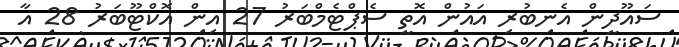
ސައޫދީން އެނބުރި އައުން އޮތީ ސެޕްޓެމްބަރު 27 އިން އޮކްޓޫބަރު 28 އާ